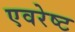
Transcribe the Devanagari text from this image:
एवरेष्ट